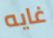
غايه